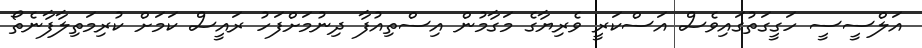
އަލްސީސީ ހަގީގަތުގައިވެސް އަސްކަރީ ވެރިޔާގެ މަގާމުން އިސްތިއުފާ ދިނުމަށްފަހު ރައީސް ކަމަށް ކުރިމަތިލާފާނެތޯ